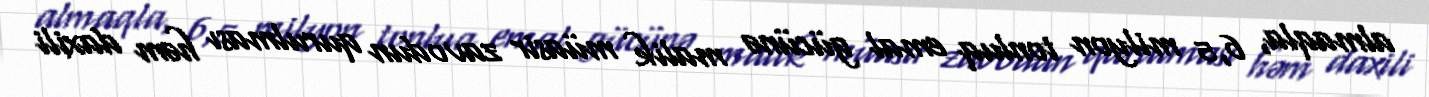
almaqla, 6,5 milyon tonluq emal gücünə malik müasir zavodun qurulması həm daxili